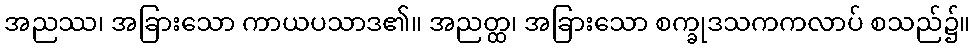
အညဿ၊ အခြားသော ကာယပသာဒ၏။ အညတ္ထ၊ အခြားသော စက္ခုဒသကကလာပ် စသည်၌။